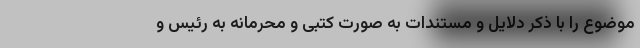
موضوع را با ذکر دلایل و مستندات به صورت کتبی و محرمانه به رئیس و